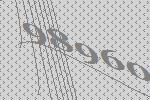
98960